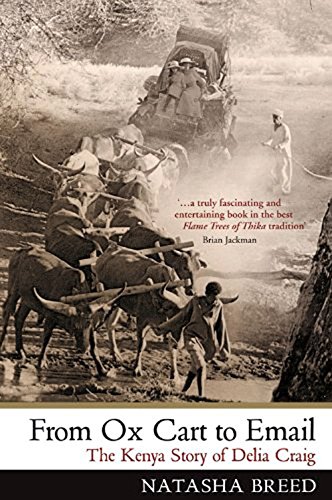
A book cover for From Oxcart to Email: The Kenya Story of Delia Craig; Natasha Breed; Travel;